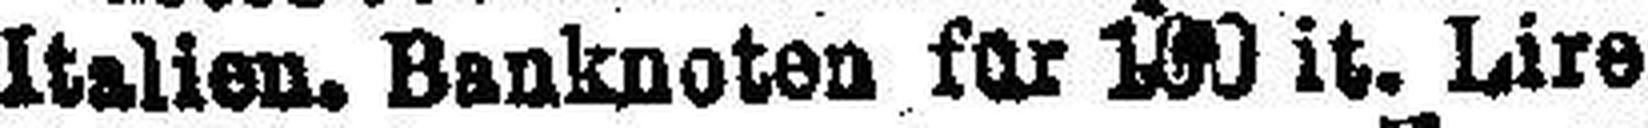
Italien. Banknoten für 100 it. Lire